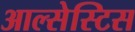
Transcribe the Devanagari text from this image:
आल्सेस्टिस